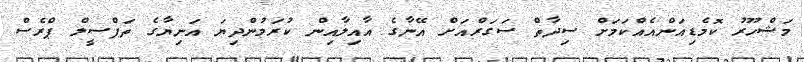
މަޝްހޫރު ކޮމެޑިއަންއެއްކަމަށް ސިދާތް ސަގަރްއަށް އޭނާގެ އާއިލާއިން ކުރަމުންދިޔަ އަނިޔާގެ ތަފްސީލް ޕްރެސް